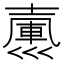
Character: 𢀃